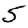
Digit: 5